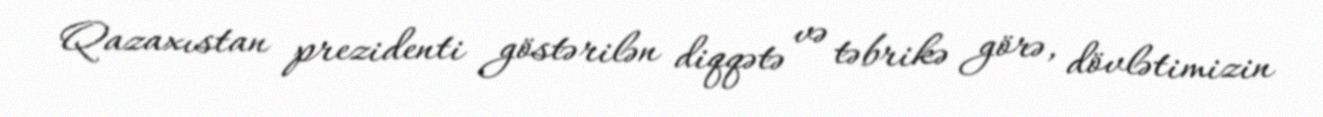
Qazaxıstan prezidenti göstərilən diqqətə və təbrikə görə, dövlətimizin